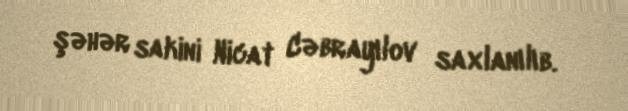
şəhər sakini Nicat Cəbrayılov saxlanılıb.